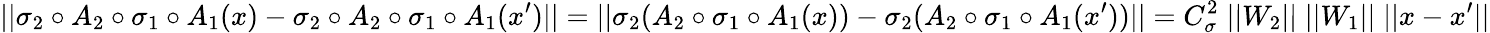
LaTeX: ||\sigma_{2}\circ A_{2}\circ\sigma_{1}\circ A_{1}(x)-\sigma_{2}\circ A_{2}\circ\sigma_{1}\circ A_{1}(x^{\prime})||=||\sigma_{2}(A_{2}\circ\sigma_{1}\circ A_{1}(x))-\sigma_{2}(A_{2}\circ\sigma_{1}\circ A_{1}(x^{\prime}))||=C_{\sigma}^{2}\; ||W_{2}||\; ||W_{1}||\; ||x-x^{\prime}||